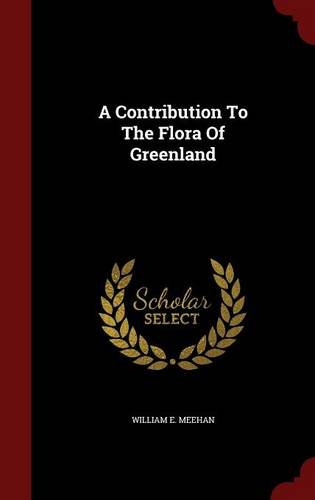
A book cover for A Contribution To The Flora Of Greenland; William E. Meehan; History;